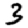
Digit: 3